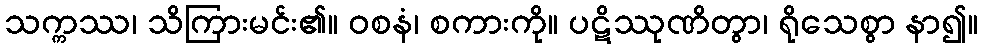
သက္ကဿ၊ သိကြားမင်း၏။ ဝစနံ၊ စကားကို။ ပဋိဿုဏိတွာ၊ ရိုသေစွာ နာ၍။